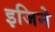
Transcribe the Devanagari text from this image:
इजिने